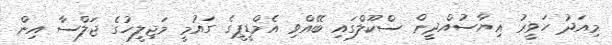
މިއަދު ހަވީރު ޣިޔާސުއްދީން ސްކޫލްގައި ބޭއްވި އެމްޑީޕީގެ ގައުމީ މަޖިލީހުގެ ޖަލްސާ އިން